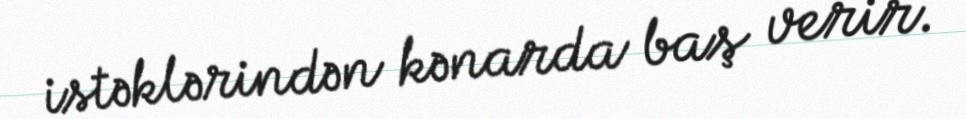
istəklərindən kənarda baş verir.